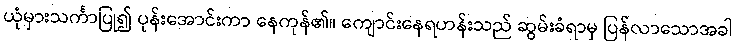
ယုံမှားသင်္ကာပြု၍ ပုန်းအောင်းကာ နေကုန်၏။ ကျောင်းနေရဟန်းသည် ဆွမ်းခံရာမှ ပြန်လာသောအခါ